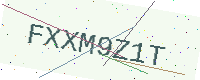
Text: FXXM9Z1T